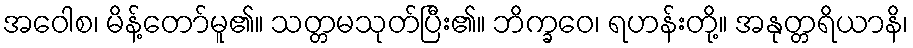
အဝေါစ၊ မိန့်တော်မူ၏။ သတ္တမသုတ်ပြီး၏။ ဘိက္ခဝေ၊ ရဟန်းတို့။ အနုတ္တရိယာနိ၊